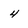
Character: 4